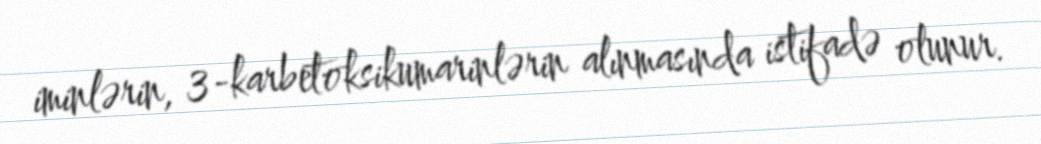
iminlərin, 3-karbetoksikumarinlərin alınmasında istifadə olunur.